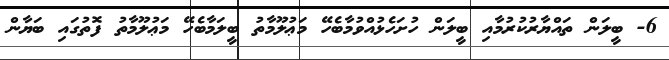
6- ބީލަން ތައްޔާރުކުރުމާއި ބީލަން ހުށަހެޅުއްވުމާބެހޭ މަޢުލޫމާތު ބީލަމާބެހޭ މަޢުލޫމާތު ފޮތުގައި ބަޔާން